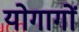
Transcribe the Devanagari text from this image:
योगागों